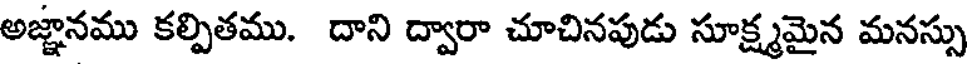
అజ్ఞానము కల్పితము. దాని ద్వారా చూచినపుడు సూక్ష్మమైన మనస్సు